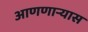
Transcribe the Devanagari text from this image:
आणणार्‍यास